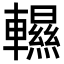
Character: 𨏌